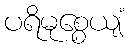
ပရိမုစ္စေယျံ